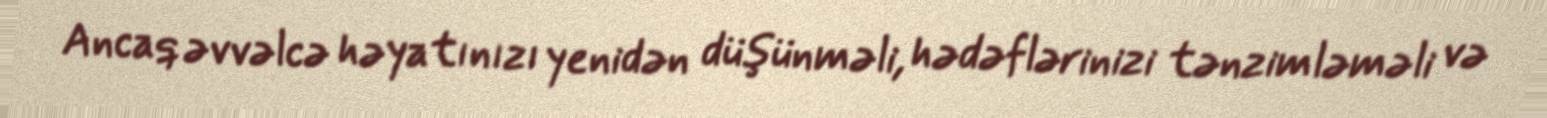
Ancaq əvvəlcə həyatınızı yenidən düşünməli, hədəflərinizi tənzimləməli və